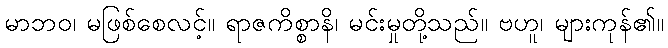
မာဘဝ၊ မဖြစ်စေလင့်။ ရာဇကိစ္စာနိ၊ မင်းမှုတို့သည်။ ဗဟူ၊ များကုန်၏။